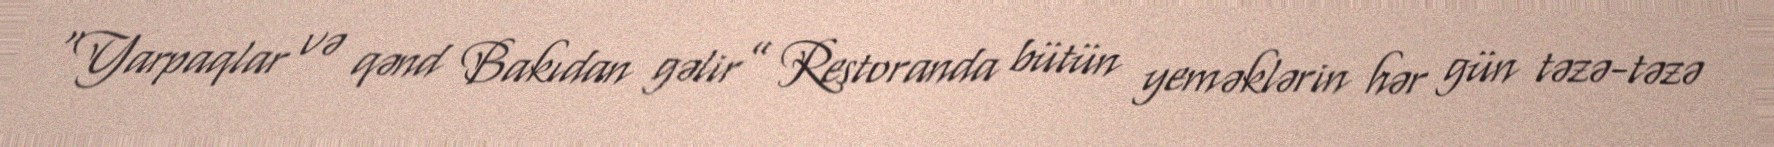
“Yarpaqlar və qənd Bakıdan gəlir” Restoranda bütün yeməklərin hər gün təzə-təzə